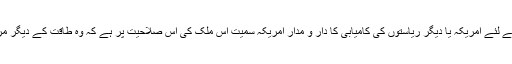
کسی عالمی یا علاقائی ایجنڈے پر عمل درآمد کے لئے امریکہ یا دیگر ریاستوں کی کامیابی کا دار و مدار امریکہ سمیت اس ملک کی اس صلاحیت پر ہے کہ وہ طاقت کے دیگر مراکز سے کس قدر حمایت حاصل کر سکتا ہے۔